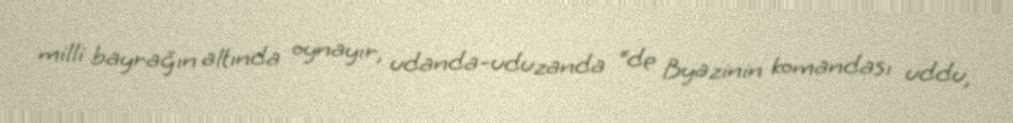
milli bayrağın altında oynayır, udanda-uduzanda “de Byazinin komandası uddu,